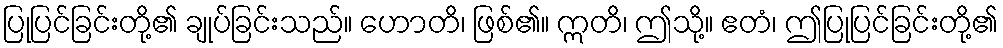
ပြုပြင်ခြင်းတို့၏ ချုပ်ခြင်းသည်။ ဟောတိ၊ ဖြစ်၏။ ဣတိ၊ ဤသို့။ ဧတံ၊ ဤပြုပြင်ခြင်းတို့၏